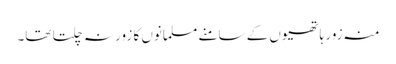
منہ زور ہاتھیوں کے سامنے مسلمانوں کا زور نہ چلتا تھا۔